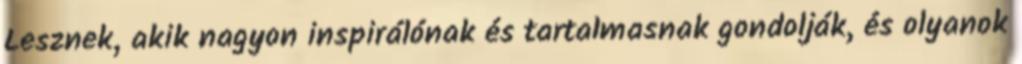
Lesznek, akik nagyon inspirálónak és tartalmasnak gondolják, és olyanok